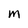
Character: M